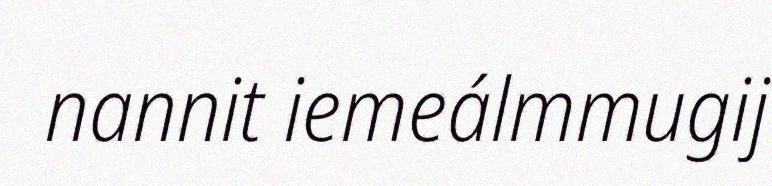
nannit iemeálmmugij